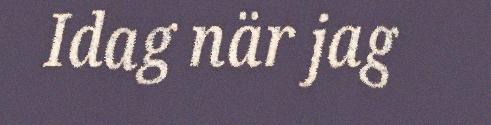
Idag när jag